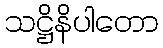
သဋ္ဌိနိပါတော